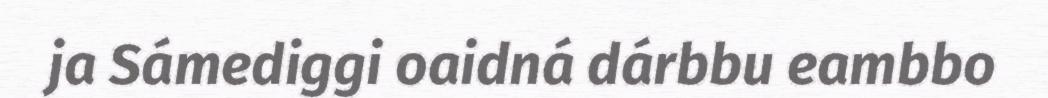
ja Sámediggi oaidná dárbbu eambbo